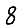
Digit: 8